Reports on military cantonments and civil stations in the Presidency of Bombay inspected by the Sanitary Commissioner in the years 1875 and 1876
Year: 1875
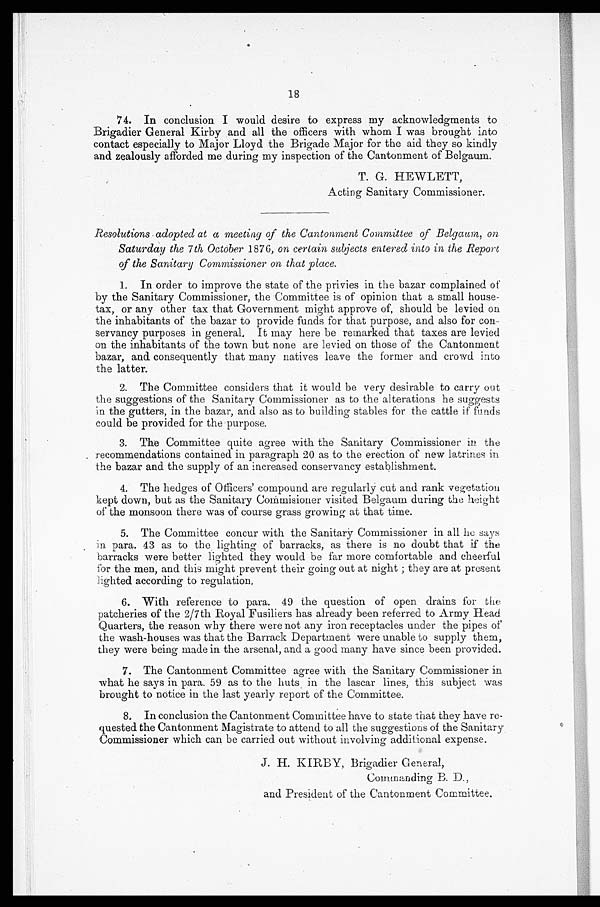
18
74. In conclusion I would desire to express my acknowledgments to
Brigadier General Kirby and all the officers with whom I was brought into
contact especially to Major Lloyd the Brigade Major for the aid they so kindly
and zealously afforded me during my inspection of the Cantonment of Belgaum.
T. G. HEWLETT,
Acting Sanitary Commissioner.
Resolutions adopted at a meeting of the Cantonment Committee of Belgaum, on
Saturday the 7th October 1876, on certain subjects entered into in the Report
of the Sanitary Commissioner on that place.
1. In order to improve the state of the privies in the bazar complained of
by the Sanitary Commissioner, the Committee is of opinion that a small house-
tax, or any other tax that Government might approve of, should be levied on
the inhabitants of the bazar to provide funds for that purpose, and also for con-
servancy purposes in general. It may here be remarked that taxes are levied
on the inhabitants of the town but none are levied on those of the Cantonment
bazar, and consequently that many natives leave the former and crowd into
the latter.
2. The Committee considers that it would be very desirable to carry out
the suggestions of the Sanitary Commissioner as to the alterations he suggests
in the gutters, in the bazar, and also as to building stables for the cattle if fends
could be provided for the purpose.
3. The Committee quite agree with the Sanitary Commissioner in the
recommendations contained in paragraph 20 as to the erection of new latrines in
the bazar and the supply of an increased conservancy establishment.
4. The hedges of Officers' compound are regularly cut and rank vegetation
kept down, but as the Sanitary Commisioner visited Belgaum during the height
of the monsoon there was of course grass growing at that time.
5. The Committee concur with the Sanitary Commissioner in all he says
in para. 43 as to the lighting of barracks, as there is no doubt that if the
barracks were better lighted they would be far more comfortable and cheerful
for the men, and this might prevent their going out at night; they are at present
lighted according to regulation.
6. With reference to para. 49 the question of open drains for the
patcheries of the 2/7th Royal Fusiliers has already been referred to Army Head
Quarters, the reason why there were not any iron receptacles under the pipes of
the wash-houses was that the Barrack Department were unable to supply them,
they were being made in the arsenal, and a good many have since been provided.
7. The Cantonment Committee agree with the Sanitary Commissioner in
what he says in para. 59 as to the huts in the lascar lines, this subject was
brought to notice in the last yearly report of the Committee.
8. In conclusion the Cantonment Committee have to state that they have re-
- q u e s t e d t h e C a n t o n m e n t M a g i s t r a t e t o a t t e n d t o a l l t h e s u g g e s t i o n s o f t h e S a n i t a r y
Commissioner which can be carried out without involving additional expense.
J. H. KIRBY, Brigadier General,
Commanding B. D.,
and President of the Cantonment Committee.